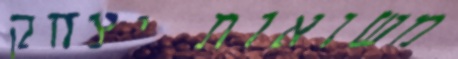
משואות יצחק